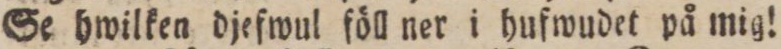
Se hwilken djefwul föll ner i hufwudet på mig!